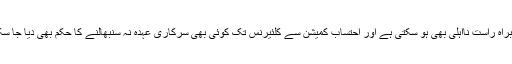
ان کی براہ راست نااہلی بھی ہو سکتی ہے اور احتساب کمیشن سے کلئیرنس تک کوئی بھی سرکاری عہدہ نہ سنبھالنے کا حکم بھی دیا جا سکتا ہے۔